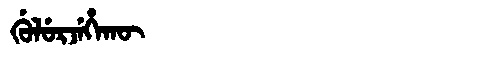
Manchu: ᡤᡠᠯᡠᡵᠵᡝᡥᠠᡴᡡ
Romanization: GULURJEHAKŪ